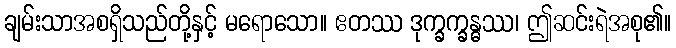
ချမ်းသာအစရှိသည်တို့နှင့် မရောသော။ ဧတဿ ဒုက္ခက္ခန္ဓဿ၊ ဤဆင်းရဲအစု၏။